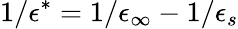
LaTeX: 1/\epsilon^{*}=1/\epsilon_{\infty}-1/\epsilon_{s}